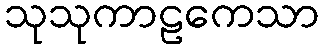
သုသုကာဠကေသာ